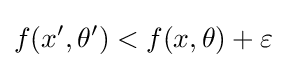
f(x',\theta ')<f(x,\theta )+\varepsilon